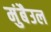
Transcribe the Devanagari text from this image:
मुंबैउल